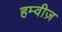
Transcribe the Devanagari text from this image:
हम्वीज़